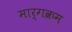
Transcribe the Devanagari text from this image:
मार्गक्रम